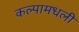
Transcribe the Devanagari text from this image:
कल्पामधली